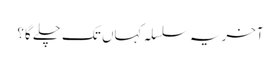
آخر یہ سلسلہ کہاں تک چلے گا؟